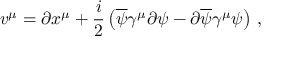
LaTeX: v ^ { \mu } = \partial x ^ { \mu } + \frac { i } { 2 } \left( \overline { { { \psi } } } \gamma ^ { \mu } \partial \psi - \partial \overline { { { \psi } } } \gamma ^ { \mu } \psi \right) \, ,